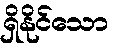
ရှိနိုင်သော